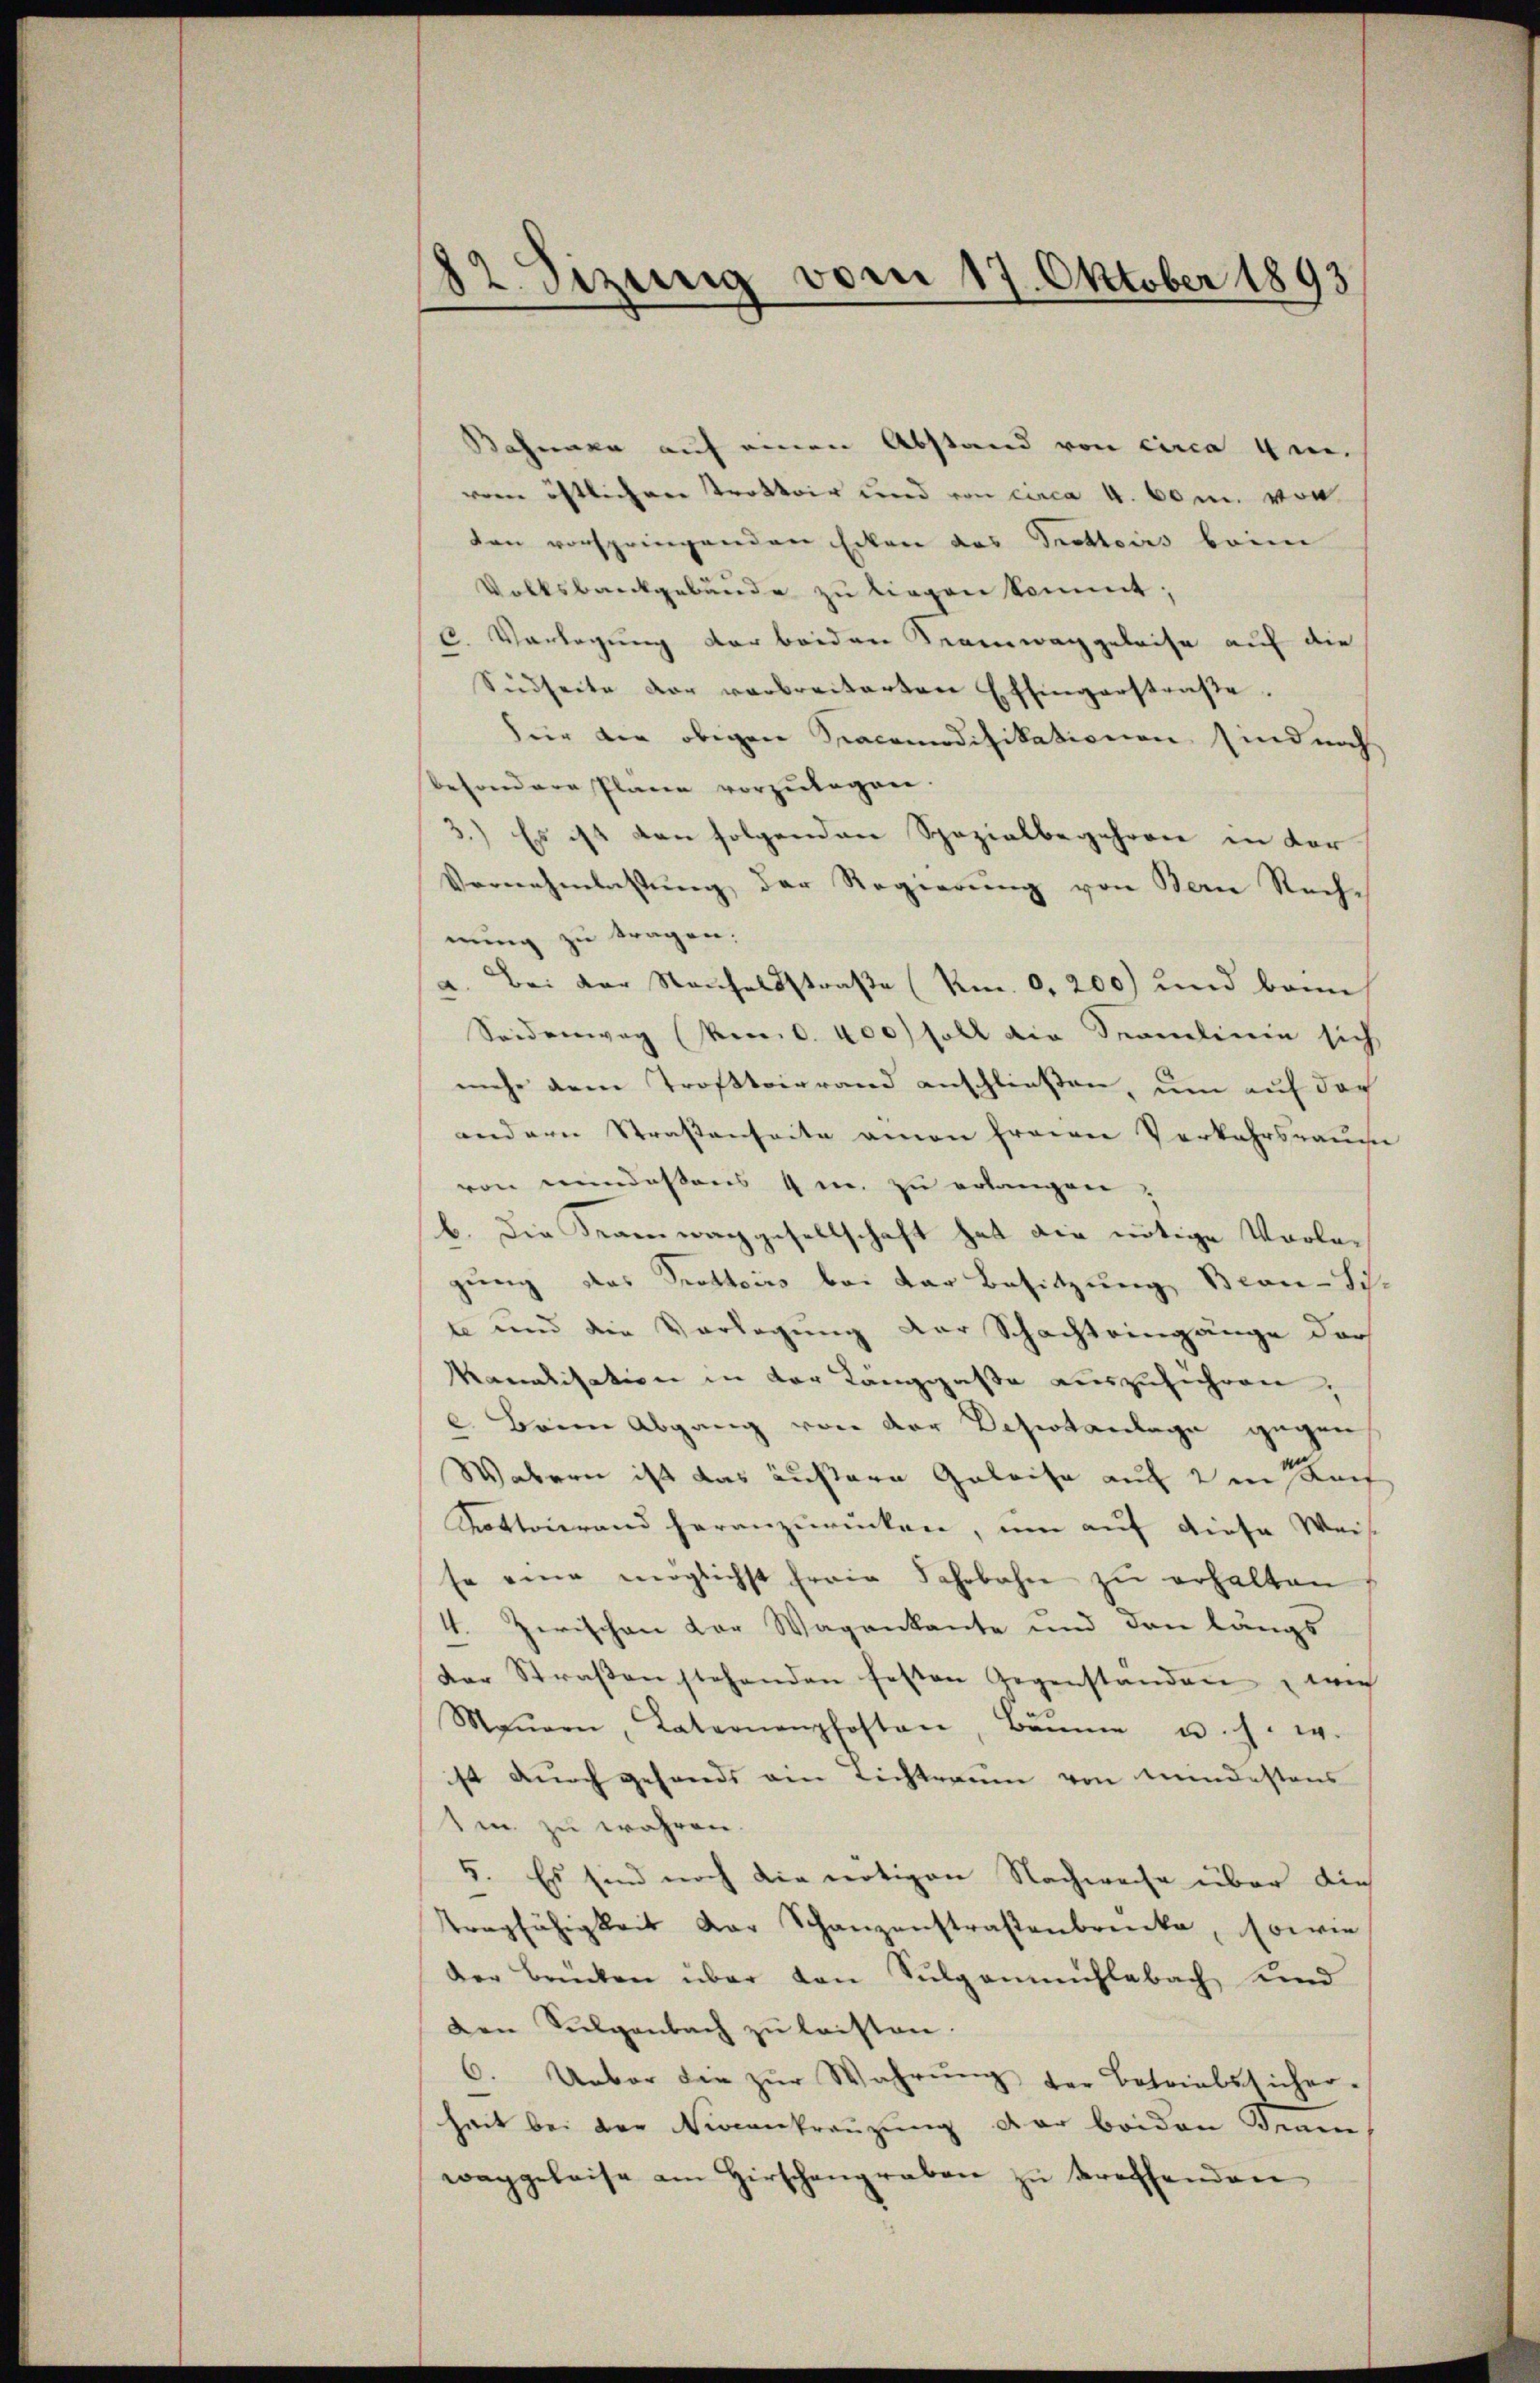
12. Sizenig vom 17. Oktober 1893

Bahnen auf einen Abstand von circa 4 en
vem östlichen Trottoir und von circa 4. 60 m. von
ten vorspringenden Ecken des Trottoirs beim
Volksbankgebäude zu liegen kommt;
C. Vorlegung der beiden Regenwaggeleise auf die
Sidseite der verbreiterten Effingerstraβe.
Für der obigen Sracomodifikationen sind noch
besondere Plane vorzŭlegen.
3.) Es ist den folgenden Spezialbegehren in der
Vernehmlassŭng der Regierŭng von Bern Rechnung zu tragen:
Bei der Sachelsstraße (Km. 0,200) und bann
Seidenweg (ken. S. 400 soll die Samlinie sich
mehr dem Trottoirrand anschließen, um auf der
andern Straßenseite amon freien Verkehrsrauche
von mindestens 4 mn. zu erlangen,
b. Die Segenwachgesellschaft hat die nötige Vorlegung das Trottoirs bei der Besitzung Bran-Sch.
te und die Vorlegung der Schachteingänge dar
kanalisation in der Langgaße auszuführen,
2. Beim Abgang von der Desertanlage gegen
Wabern ist das äußere Geleise auf 2 m Kauf
Rottoirand heranzurücken, um auf diese Weis
se eine möglichst ferie Jahrbahn zu erhalten
4. Zerischen Dor Wagenkante und den längs
der Straβen stehenden festen Gegenstanden, wie
Maŭern, Laternenpfosten, Bäume u. s. w.
st durch gesands ein Lichtraum von Kindestens
1m zu wahren.
5. Es sind noch die nötigen Nachweise über die
tragfähigkeit der Schanzenstraßenbrenke, sowie
Der Brücken über den Sulgenmühlebach und
Den Sulgenbach zu leisten
6. Ueber die zŭr Wahrŭng der Betriebsticher-
heit bei der Niccankreuzung der beiden Franwaggeleise am Hirschengraben zŭ treffenden